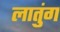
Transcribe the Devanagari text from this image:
लातुंग